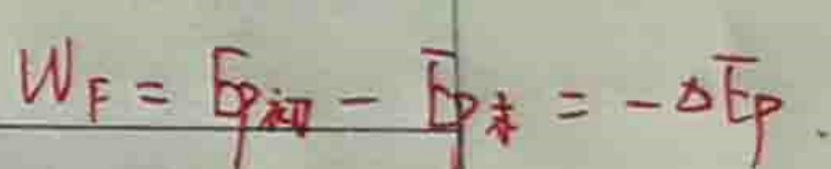
$W_{F} = \vec{P}_{初} - \vec{P}_{末} = - \Delta \vec{P}$